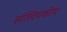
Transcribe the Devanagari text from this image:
सांखियकीय